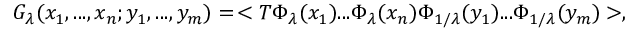
G _ { \lambda } ( x _ { 1 } , . . . , x _ { n } ; y _ { 1 } , . . . , y _ { m } ) = \, < T \Phi _ { \lambda } ( x _ { 1 } ) . . . \Phi _ { \lambda } ( x _ { n } ) \Phi _ { 1 / \lambda } ( y _ { 1 } ) . . . \Phi _ { 1 / \lambda } ( y _ { m } ) > ,